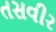
તસવીર